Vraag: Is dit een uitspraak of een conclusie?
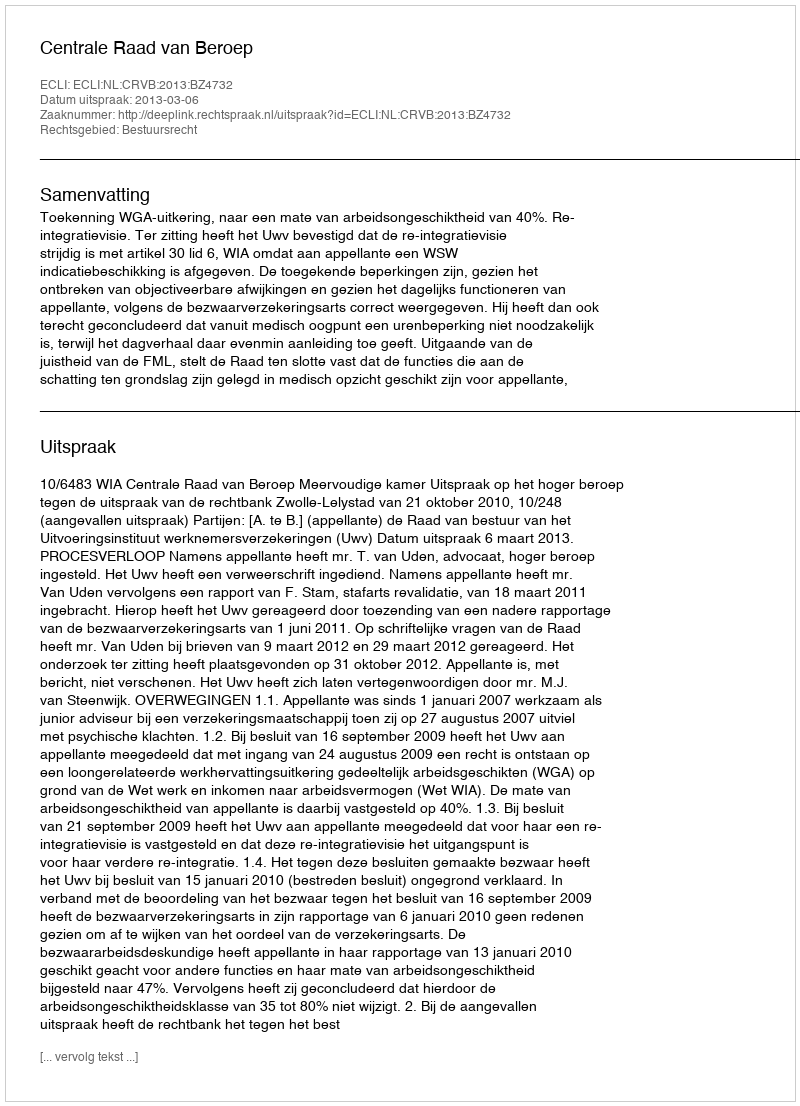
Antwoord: Uitspraak